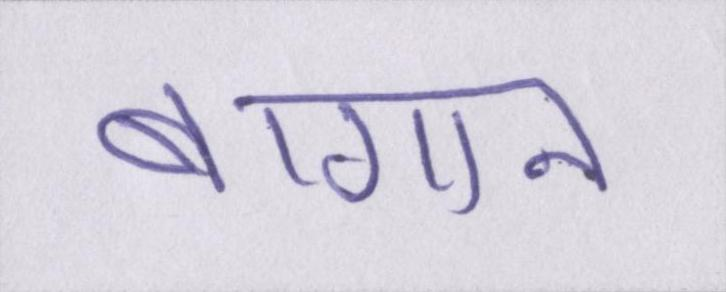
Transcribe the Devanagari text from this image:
बागान